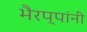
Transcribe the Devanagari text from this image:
भैरप्पांनी